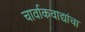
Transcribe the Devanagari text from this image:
चार्वाकवाद्यांचा